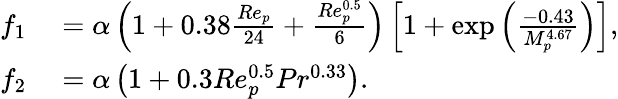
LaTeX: \begin{array}{rl}{f_{1}}&{{}=\alpha\left(1+0.38\frac{Re_{p}}{24}+\frac{Re_{p}^{0.5}}{6}\right)\left[1+\exp\left(\frac{-0.43}{M_{p}^{4.67}}\right)\right],}\\ {f_{2}}&{{}=\alpha\left(1+0.3Re_{p}^{0.5}Pr^{0.33}\right).}\end{array}